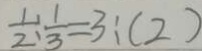
\frac { 1 } { 2 } : \frac { 1 } { 3 } = 3 : ( 2 )